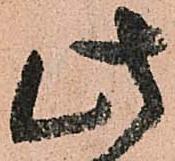
此